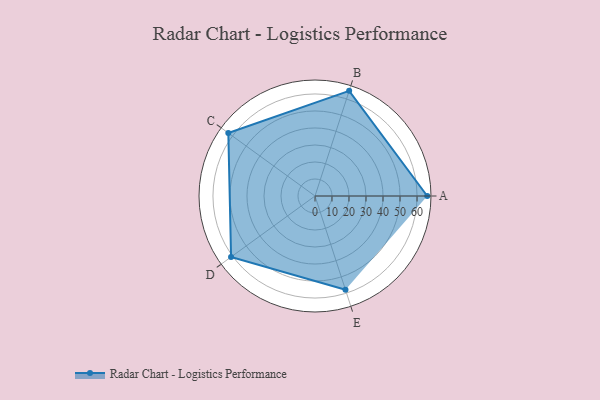
{"axis": {"x": "Skill", "y": "Score"}, "legend": ["Profile"], "data": [{"x": "A", "y": 66.0, "type": "Profile"}, {"x": "B", "y": 65.0, "type": "Profile"}, {"x": "C", "y": 63.0, "type": "Profile"}, {"x": "D", "y": 61.0, "type": "Profile"}, {"x": "E", "y": 58.0, "type": "Profile"}]}